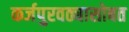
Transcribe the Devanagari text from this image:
कर्जपुरवठ्यासोबत